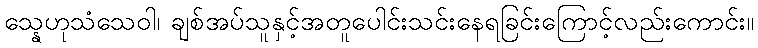
သ္နေဟုသံသေဝါ၊ ချစ်အပ်သူနှင့်အတူပေါင်းသင်းနေရခြင်းကြောင့်လည်းကောင်း။